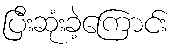
ပြီးဆုံးခဲ့ကြောင်း